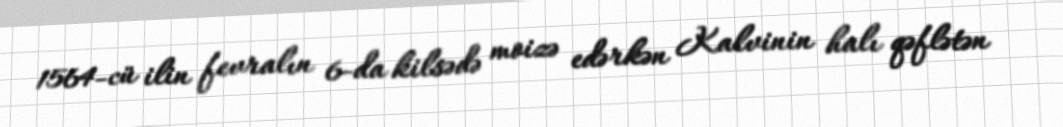
1564-cü ilin fevralın 6-da kilsədə moizə edərkən Kalvinin halı qəflətən